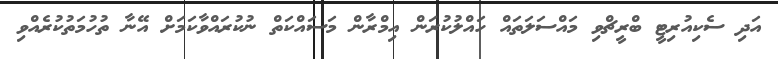
އަދި ސެކިއުރިޓީ ބްރީޗްވި މައްސަލަތައް ހައްލުކުރަން އިމްރާން މަސައްކަތް ނުކުރައްވާކަމަށް އޭނާ ތުހުމަތުކުރެއްވި